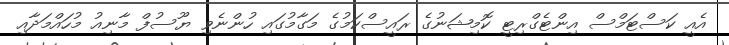
އެއީ ކަސްޓަމްސް އިންޓެގްރިޓީ ކޮމިޝަނުގެ ރައީސްކަމުގެ މަގާމުގައި ހުންނެވި ޔޫސުފް މާނިއު މުހައްމަދާއި